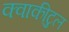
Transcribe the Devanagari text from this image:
क्वाकीटुल